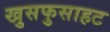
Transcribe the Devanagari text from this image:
खुसफुसाहट